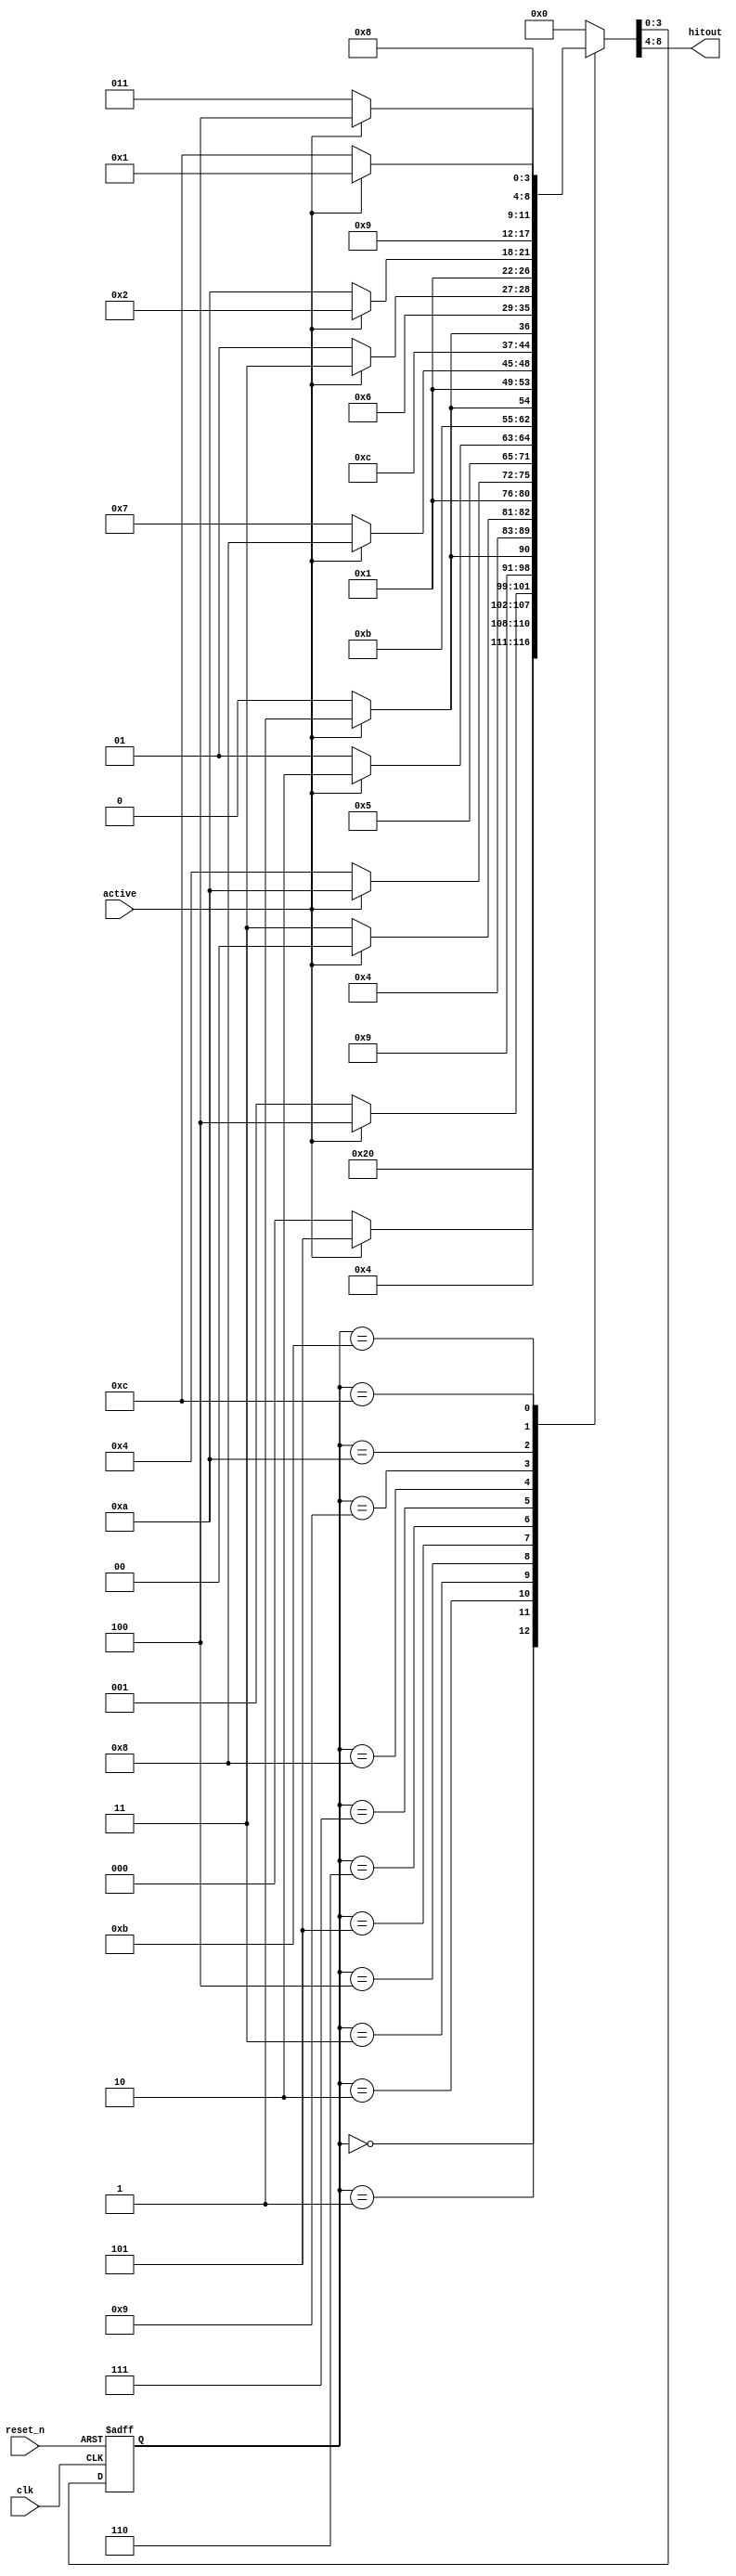
`default_nettype none

`define ONE_BASE     4'd0
`define HOMERUN      4'd1
`define OUT0         4'd2
`define OUT1         4'd3
`define OUT2         4'd4
`define OUT3         4'd5
`define OUT4         4'd6
`define OUT5         4'd7
`define OUT6         4'd8
`define OUT7         4'd9
`define OUT8         4'd10
`define THREE_BASE   4'd11
`define TWO_BASE     4'd12

module batting(
	input wire clk,
	input wire reset_n,
	input wire active,
	output wire [4:0] hitout // hit1,hit2,hit3,hit4,out
);

	reg [3:0] sreg;
	wire [3:0] next_sreg;

	always @(posedge clk, negedge reset_n) begin
		if (!reset_n) begin
			sreg <= `OUT8;
		end else begin
			sreg <= next_sreg;
		end
	end

	function [8:0] hitout_roulette(input [3:0] state, input active);
	begin
		case (state)
			`ONE_BASE: begin
				if (active) begin
					hitout_roulette = {1'b1, 1'b0, 1'b0, 1'b0, 1'b0, `OUT3};
				end else begin
					hitout_roulette = {1'b1, 1'b0, 1'b0, 1'b0, 1'b0, `ONE_BASE};
				end
			end
			`HOMERUN: begin
				if (active) begin
					hitout_roulette = {1'b0, 1'b0, 1'b0, 1'b1, 1'b0, `OUT2};
				end else begin
					hitout_roulette = {1'b0, 1'b0, 1'b0, 1'b1, 1'b0, `HOMERUN};
				end
			end
			`OUT0: begin
				if (active) begin
					hitout_roulette = {1'b0, 1'b0, 1'b0, 1'b0, 1'b1, `OUT1};
				end else begin
					hitout_roulette = {1'b0, 1'b0, 1'b0, 1'b0, 1'b1, `OUT0};
				end
			end
			`OUT1: begin
				if (active) begin
					hitout_roulette = {1'b0, 1'b0, 1'b0, 1'b0, 1'b1, `ONE_BASE};
				end else begin
					hitout_roulette = {1'b0, 1'b0, 1'b0, 1'b0, 1'b1, `OUT1};
				end
			end
			`OUT2: begin
				if (active) begin
					hitout_roulette = {1'b0, 1'b0, 1'b0, 1'b0, 1'b1, `OUT8};
				end else begin
					hitout_roulette = {1'b0, 1'b0, 1'b0, 1'b0, 1'b1, `OUT2};
				end
			end
			`OUT3: begin
				if (active) begin
					hitout_roulette = {1'b0, 1'b0, 1'b0, 1'b0, 1'b1, `OUT4};
				end else begin
					hitout_roulette = {1'b0, 1'b0, 1'b0, 1'b0, 1'b1, `OUT3};
				end
			end
			`OUT4: begin
				if (active) begin
					hitout_roulette = {1'b0, 1'b0, 1'b0, 1'b0, 1'b1, `OUT5};
				end else begin
					hitout_roulette = {1'b0, 1'b0, 1'b0, 1'b0, 1'b1, `OUT4};
				end
			end
			`OUT5: begin
				if (active) begin
					hitout_roulette = {1'b0, 1'b0, 1'b0, 1'b0, 1'b1, `OUT6};
				end else begin
					hitout_roulette = {1'b0, 1'b0, 1'b0, 1'b0, 1'b1, `OUT5};
				end
			end
			`OUT6: begin
				if (active) begin
					hitout_roulette = {1'b0, 1'b0, 1'b0, 1'b0, 1'b1, `OUT7};
				end else begin
					hitout_roulette = {1'b0, 1'b0, 1'b0, 1'b0, 1'b1, `OUT6};
				end
			end
			`OUT7: begin
				if (active) begin
					hitout_roulette = {1'b0, 1'b0, 1'b0, 1'b0, 1'b1, `THREE_BASE};
				end else begin
					hitout_roulette = {1'b0, 1'b0, 1'b0, 1'b0, 1'b1, `OUT7};
				end
			end
			`OUT8: begin
				if (active) begin
					hitout_roulette = {1'b0, 1'b0, 1'b0, 1'b0, 1'b1, `OUT0};
				end else begin
					hitout_roulette = {1'b0, 1'b0, 1'b0, 1'b0, 1'b1, `OUT8};
				end
			end
			`THREE_BASE: begin
				if (active) begin
					hitout_roulette = {1'b0, 1'b0, 1'b1, 1'b0, 1'b0, `TWO_BASE};
				end else begin
					hitout_roulette = {1'b0, 1'b0, 1'b1, 1'b0, 1'b0, `THREE_BASE};
				end
			end
			`TWO_BASE: begin
				if (active) begin
					hitout_roulette = {1'b0, 1'b1, 1'b0, 1'b0, 1'b0, `HOMERUN};
				end else begin
					hitout_roulette = {1'b0, 1'b1, 1'b0, 1'b0, 1'b0, `TWO_BASE};
				end
			end
			default: begin
				hitout_roulette = {1'b0, 1'b0, 1'b0, 1'b0, 1'b0, `ONE_BASE};
			end
		endcase
	end
	endfunction

	assign {hitout, next_sreg} = hitout_roulette(sreg, active);

endmodule